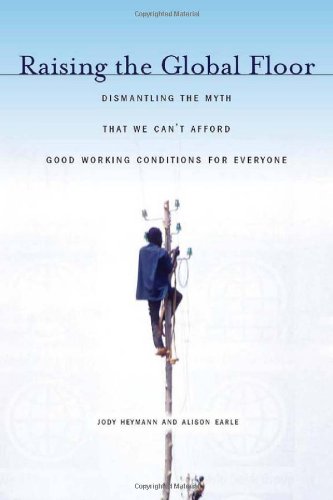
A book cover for Raising the Global Floor: Dismantling the Myth That We CanEEt Afford Good Working Conditions for Everyone (Stanford Politics and Policy); Jody Heymann; Business & Money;